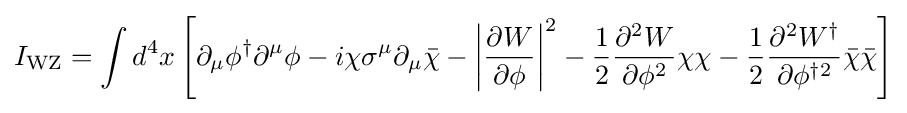
I_{\text{WZ}}=\int d^{4}x\left[\partial _{\mu }\phi ^{\dagger }\partial ^{\mu }\phi -i\chi \sigma ^{\mu }\partial _{\mu }{\bar {\chi }}-\left|{\frac {\partial W}{\partial \phi }}\right|^{2}-{\frac {1}{2}}{\frac {\partial ^{2}W}{\partial \phi ^{2}}}\chi \chi -{\frac {1}{2}}{\frac {\partial ^{2}W^{\dagger }}{\partial \phi ^{\dagger 2}}}{\bar {\chi }}{\bar {\chi }}\right]